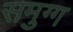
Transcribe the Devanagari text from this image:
समुग्ग